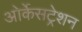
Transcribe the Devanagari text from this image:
ओर्केसट्रेशन